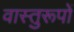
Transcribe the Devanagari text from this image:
वास्तुरूपों